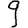
Digit: 9